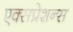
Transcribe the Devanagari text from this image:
एक्सप्रेशन्स